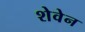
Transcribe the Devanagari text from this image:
शेवेन